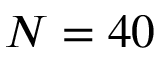
N = 4 0